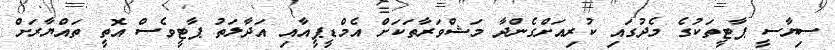
ސިޔާސީ ޕާޓީތަކުގެ މެދުގައި ކުރިއަށްގެންދާ މަޝްވަރާތަކަށް އެމްޑީޕީއާއި އަދާލަތު ޕާޓީވެސް އޮތީ ތައްޔާރަށް